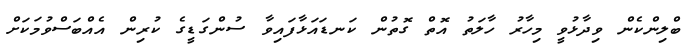
ބްލިންކެން ވިދާޅުވީ މިހާރު ހާލަތު އޮތް ގޮތުން ކަނޑައަޅާފައިވާ ސުންގަޑީގެ ކުރިން އެއްބަސްވުމަކަށް